system: You are a helpful assistant.
user:
Analyze the provided spectrum to determine if it is a **M-type Giant (gM)**.

A M-type Giant spectrum is defined by its **strong molecular absorption** features, particularly from **Titanium Oxide (TiO)**. You must check for one of the following mutually exclusive signatures:

- **Key Visual Indicators (Absorption-Dominated Spectrum):**

    - **(Primary):** The spectrum is dominated by strong molecular absorption from **Titanium Oxide (TiO)**. This is the **defining feature** of its M-type temperature class.
        - **(Key Bandheads):** Look for sharp, "saw-tooth" absorption valleys. The strongest are located near **~7050 Å**, **~6160 Å**, and **~5170 Å**.
        - **(Line Profile):** The "saw-tooth" morphology is critical: a **sharp, steep drop on the BLUE (short-wavelength) side** of the bandhead, followed by a gradual recovery (rising flux) towards the RED (long-wavelength) side.

    - **(Key Confirmation - Giant vs. Dwarf):** **ABSENCE** of strong **Calcium Hydride (CaH)** molecular bands. This is the primary diagnostic for *excluding* M-dwarfs.
        - **(Key Region):** The spectrum should lack the strong, broad absorption band seen in dwarfs between **~6800 Å and ~7000 Å**.

    - **(Secondary Confirmation - Giant):** A very strong and broad **Neutral Calcium (Ca I)** atomic absorption line.
        - **(Key Line):** Located at **~4226 Å**. In a giant (gM), this line is significantly deeper and broader than the same line in an M-dwarf (dM) due to low surface gravity.

    - **(Overall Spectrum):**
        - The continuum is **extremely red-sloping** (i.e., flux is very low in the blue and rises dramatically towards the red).
        - The entire spectrum appears "chopped up" by the deep TiO bands.

Think first, call **spectral_visualization_tool** if needed to examine features in detail, then provide your final answer. Your response must adhere to the following strict rules:
1.  **Overall Structure:** Your response must follow the format `<think>...</think> <tool_call>...</tool_call> (if a tool is used) <answer>...</answer>`.
2.  **Tool Usage Constraint:** You may only make **one** tool call per turn.
3.  **Final Answer Format:** In the `<answer>` tag, your conclusion must be inside a `\boxed{}` command (e.g., `\boxed{YES}` or `\boxed{NO}`), followed by your justification.

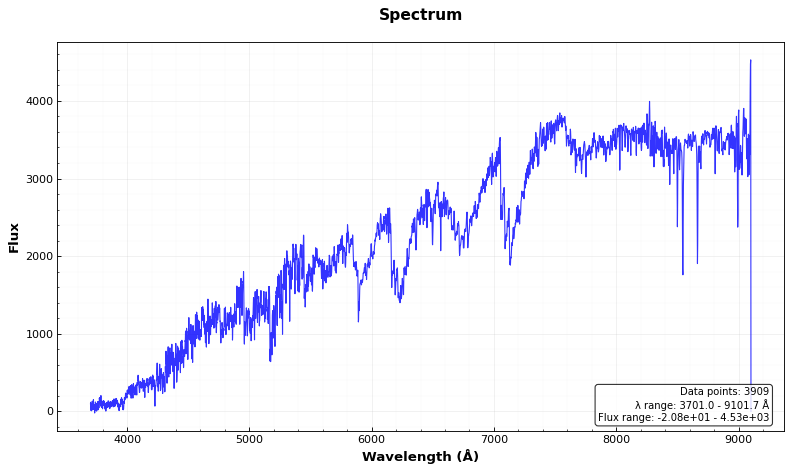
Answer: YES